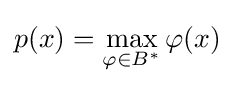
p(x)=\max _{\varphi \in B^{*}}\varphi (x)